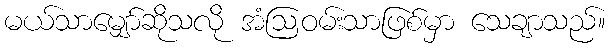
မယ်သာမျှော်ဆိုသလို အံဩဝမ်းသာဖြစ်မှာ သေချာသည်။